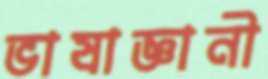
ভাষাজ্ঞানী